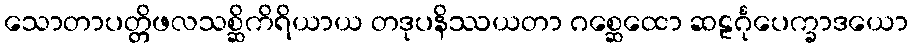
သောတာပတ္တိဖလသစ္ဆိကိရိယာယ တဒုပနိဿယတာ ဂစ္ဆေထော ဆဠင်္ဂုပေက္ခာဒယော